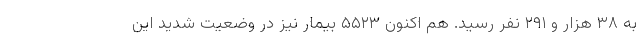
به ۳۸ هزار و ۲۹۱ نفر رسید. هم اکنون ۵۵۲۳ بیمار نیز در وضعیت شدید این